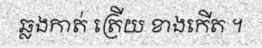
ឆ្លងកាត់ ត្រើយ ខាងកើត ។